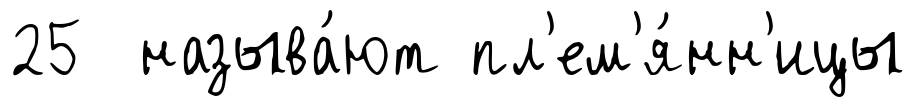
25 называ́ют пл'ем'я́нн'ицы